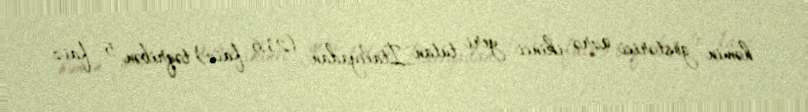
həmin göstərici üzrə ikinci yeri tutan İtaliyadan (23,6 faiz) təqribən 5 faiz